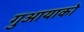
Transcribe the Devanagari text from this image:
गुआयाको